NAE_EAA_P-1039_Kommunismi_Majak_kalurikolhoos, lk 19
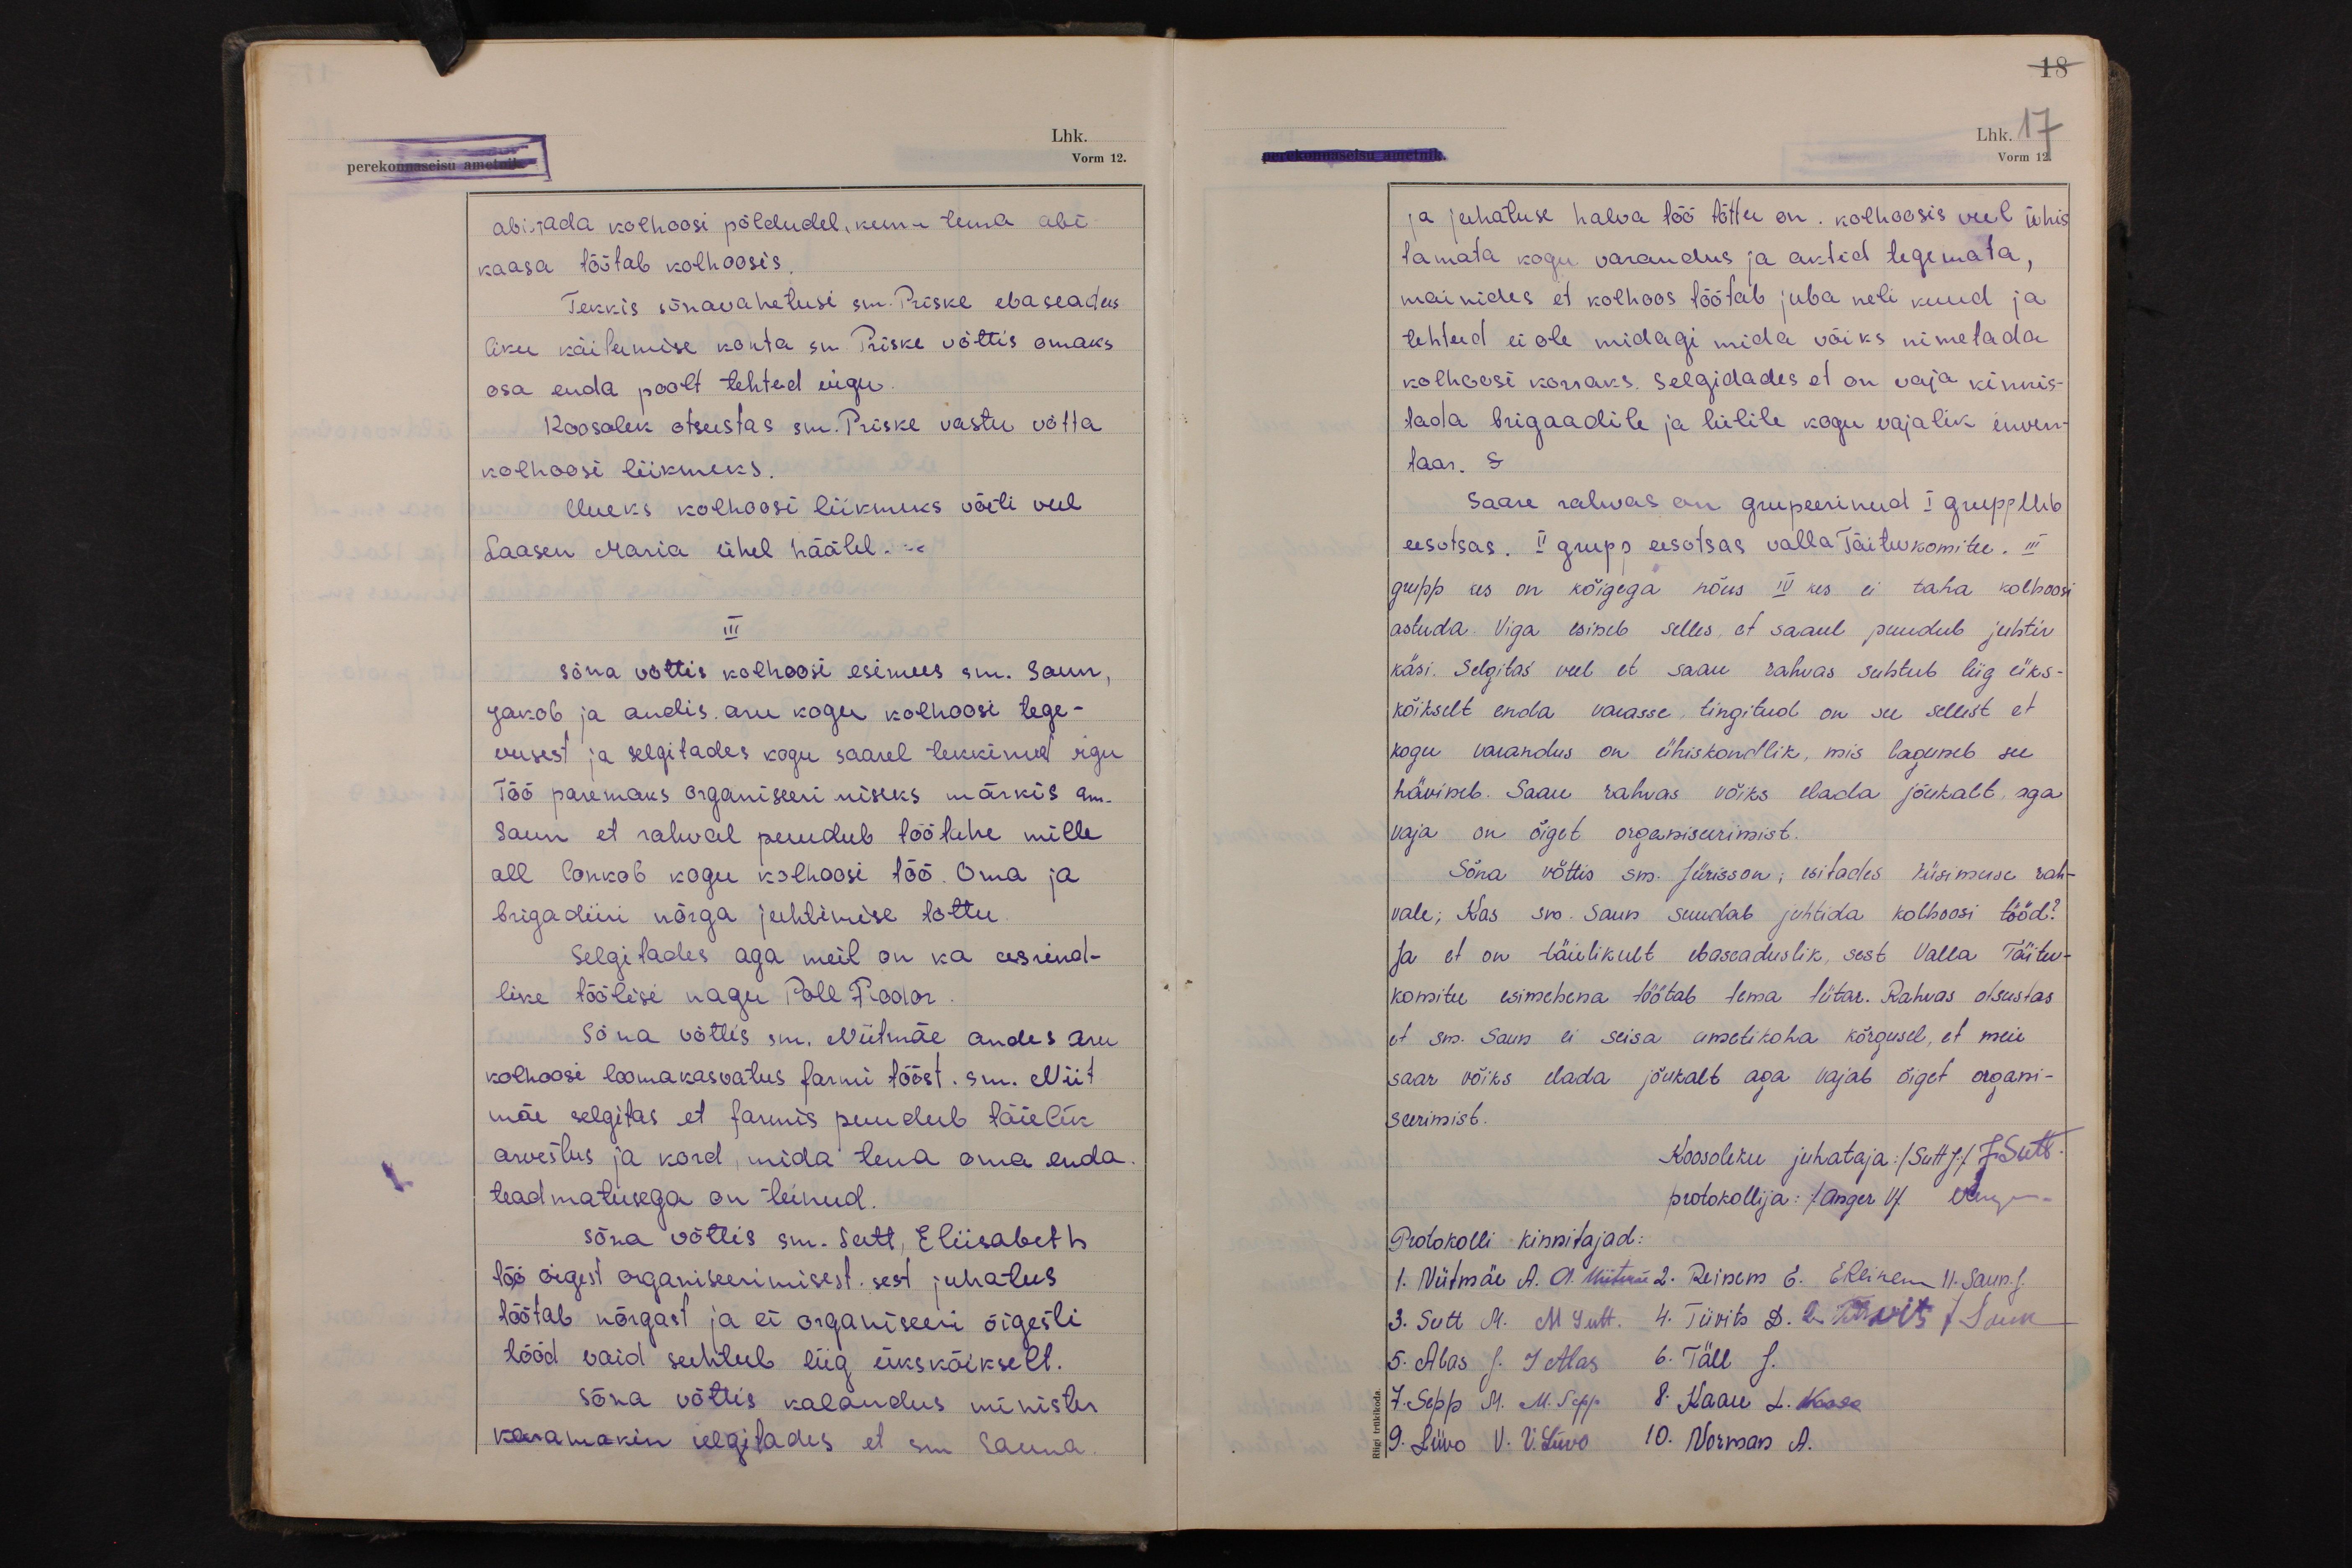
abistada kolhoosi põldudel, kuna tema abi-
kaasa töötab kolhoosis.
Tekkis sõnavahetusi sm. Priske ebaseadus-
liku käitumise kohta sm. Priske võttis omaks
osa enda poolt tehtud vigu.
Koosolek otsustas sm. Priske vastu võtta
kolhoosi liikmeks.
Uueks kolhoosi liikmeks võeti veel
Laasin Maria ühel häälel.
III
Sõna võttis kolhoosi esimees sm. Saun,
Jakob ja andis aru kogu kolhoosi tege-
vusest ja selgitades kogu saarel tekkinud vigu
Töö paremaks organiseerimiseks märkis sm.
Saun et rahval puudub töötahe mille
all lonkob kogu kolhoosi töö. Oma ja
brigadiiri nõrga juhtimise tõttu.
Selgitades aga meil on ka eesrind-
like töölisi nagu Poll Feodor.
Sõna võttis sm. Niitmäe andes aru
kolhoosi loomakasvatus farmi tööst. sm. Niit
mäe selgitas et farmis puudub täielik
arvestus ja kord, mida tema oma enda
teadmatusega on teinud.
Sõna võttis sm. Sutt, Eliisabeth
töö õigest organiseerimisest. sest juhatus
töötab nõrgast ja ei organiseeri õigesti
tööd vaid suhtub liig ükskõikselt.
Sõna võttis kalandus minister
karamakin selgitades, et sm Sauna

18
Lhk. 17
Vorm 12.
ja juhatuse halva töö tõttu on. kolhoosis veel ühis
tamata kogu varandus ja aktid tegemata,
mainides et kolhoos töötab juba neli kuud ja
tehtud ei ole midagi mida võiks nimetada
kolhoosi korraks. Selgidades et on vaja kinnis-
tada brigaadile ja lülile kogu vajalik inven-
taar. S
Saare rahvas on grupeerinud I grupp Urb
eesotsas. II grupp eesotsas valla Täitevkomitee. III
gupp kes on kõigega nõus. IV kes ei taha kolhoosi
astuda. Viga esineb selles, et saarel puudub juhtiv
käsi. Selgitas veel et saare rahvas suhtub liig üks-
kõikselt enda varasse, tingitud on see sellest et
kogu varandus on ühiskondlik, mis laguneb see
hävineb. Saare rahvas võiks elada jõukalt, aga
vaja on õiget organiseerimist.
Sõna võttis sm. Jürisson; esitades küsimuse rah-
vale; Kas sm Saun suudab juhtida kolhoosi tööd?
Ja et on täielikult ebaseaduslik, sest Valla Täitev-
komitee esimehena töötab tema tütar. Rahvas otsustas
et sm. Saun ei seisa ametikoha kõrgusel, et meie
saar võiks elada jõukalt aga vajab õiget organi-
seerimist.
Koosoleku juhataja: (Sutt J) JSutt.
protokollija: (Anger V) VAnger
Protokolli kinnitajad:
1. Niitmäe A. A. Niitmäe 2. Reinem E. EReinem 11. Saun. J.
3. Sutt M. M Sutt. 4. Tiivits D. D. Tiivits J Saun
5. Alas J. J Alas 6. Täll J.
7. Sepp M. M. Sepp 8. Kaare L. Kaare
9. Liivo V. V. Liivo 10. Norman A.